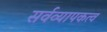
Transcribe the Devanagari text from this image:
सर्वव्यापकत्व